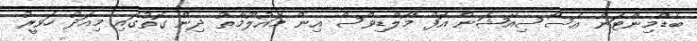
ބެޑްމިންޓަން އެސޯސިއޭޝަން އޮފް މޯލްޑިވްސް އިން މައުލޫމާތު ދިން ގޮތުގައި މިއަދު ހަވީރު